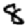
Digit: 8